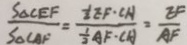
\frac { S _ { \Delta } C E F } { S _ { \Delta C A F } } = \frac { \frac { 1 } { 2 } E F \cdot C A } { \frac { 1 } { 2 } A F \cdot C A } = \frac { E F } { A F }